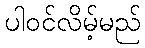
ပါဝင်လိမ့်မည်